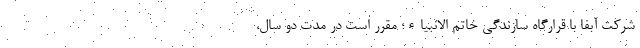
شرکت آبفا با قرارگاه سازندگی خاتم الانبیاء؛ مقرر است در مدت دو سال،